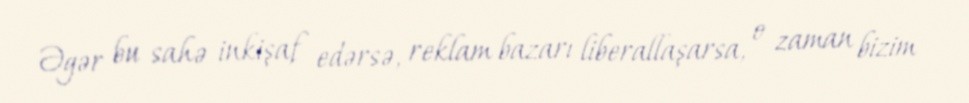
Əgər bu sahə inkişaf edərsə, reklam bazarı liberallaşarsa, o zaman bizim